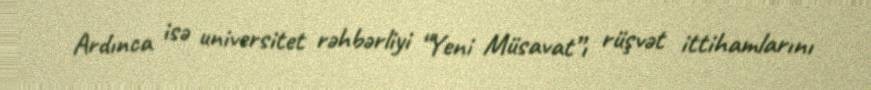
Ardınca isə universitet rəhbərliyi “Yeni Müsavat”ı rüşvət ittihamlarını